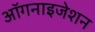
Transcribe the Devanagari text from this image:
ऑगनाइजेशन